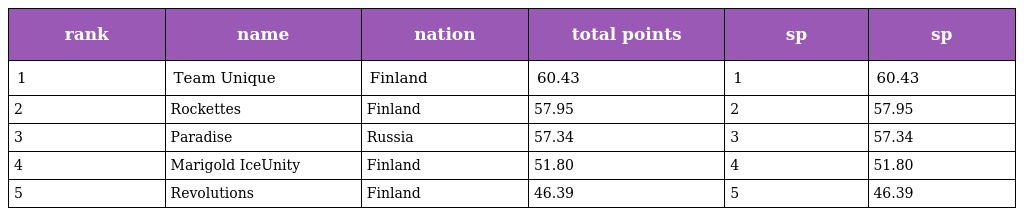
| rank | name | nation | total points | sp | sp |
 | --- | --- | --- | --- | --- | --- |
 | 1 | Team Unique | Finland | 60.43 | 1 | 60.43 |
 | 2 | Rockettes | Finland | 57.95 | 2 | 57.95 |
 | 3 | Paradise | Russia | 57.34 | 3 | 57.34 |
 | 4 | Marigold IceUnity | Finland | 51.80 | 4 | 51.80 |
 | 5 | Revolutions | Finland | 46.39 | 5 | 46.39 |